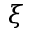
\xi